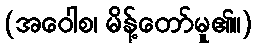
(အဝေါစ၊ မိန့်တော်မူ၏။)